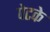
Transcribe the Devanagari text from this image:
पेटके